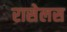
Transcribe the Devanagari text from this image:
रासेलस